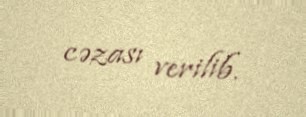
cəzası verilib.